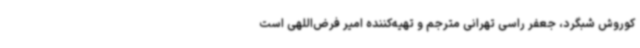
کوروش شبگرد، جعفر راسی تهرانی مترجم و تهیه‌کننده امیر فرض‌اللهی است